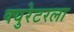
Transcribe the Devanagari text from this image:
क्युरेटरला